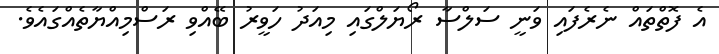
އެ ފޮތްތައް ނެރެފައި ވަނީ ސަލްސާ ރޯޔަލްގައި މިއަދު ހަވީރު ބޭއްވި ރަސްމިއްޔާތެއްގައެވެ.